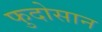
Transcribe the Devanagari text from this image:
फुदोसान